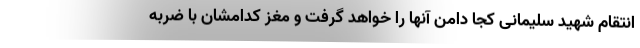
انتقام شهید سلیمانی کجا دامن آنها را خواهد گرفت و مغز کدامشان با ضربه